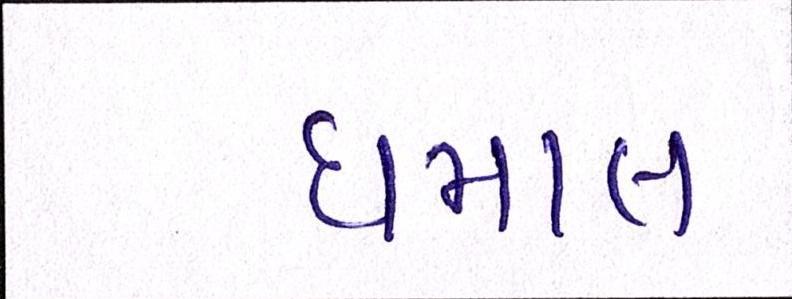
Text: ધમાલ